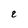
Character: e